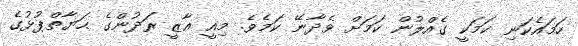
ހަމައެކަނި ކަމަކީ ގެއްލުން ކަމަށް ވެދާނޭ ކަމެވެ. މިއީ ޣާޒީ ރަދުންގެ ޙަޔާތްޕުޅުގެ